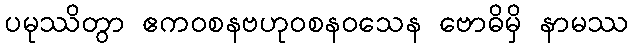
ပမုဿိတွာ ဧကဝစနဗဟုဝစနဝသေန ဗောဓိမှိ နာမဿ